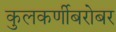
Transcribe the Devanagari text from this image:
कुलकर्णीबरोबर